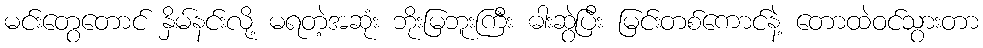
မင်းတွေတောင် နှိမ်နင်းလို့ မရတဲ့အဆုံး ဘိုးမြဘူးကြီး ဓါးဆွဲပြီး မြင်းတစ်ကောင်နဲ့ တောထဲဝင်သွားတာ